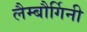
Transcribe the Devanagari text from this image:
लैम्बौर्गिनी